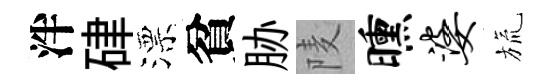
泮硉漂貧胁𨹧曛婆旒